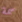
سمة